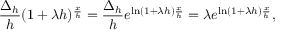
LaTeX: { \frac { \Delta _ { h } } { h } } ( 1 + \lambda h ) ^ { \frac { x } { h } } = { \frac { \Delta _ { h } } { h } } e ^ { \ln ( 1 + \lambda h ) { \frac { x } { h } } } = \lambda e ^ { \ln ( 1 + \lambda h ) { \frac { x } { h } } } ,